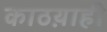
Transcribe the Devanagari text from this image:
काठय़ाही